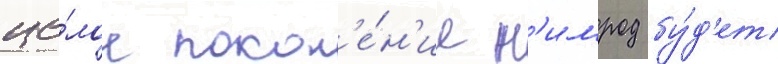
це́лое покол'е́н'ие н'имрод бу́д'ет